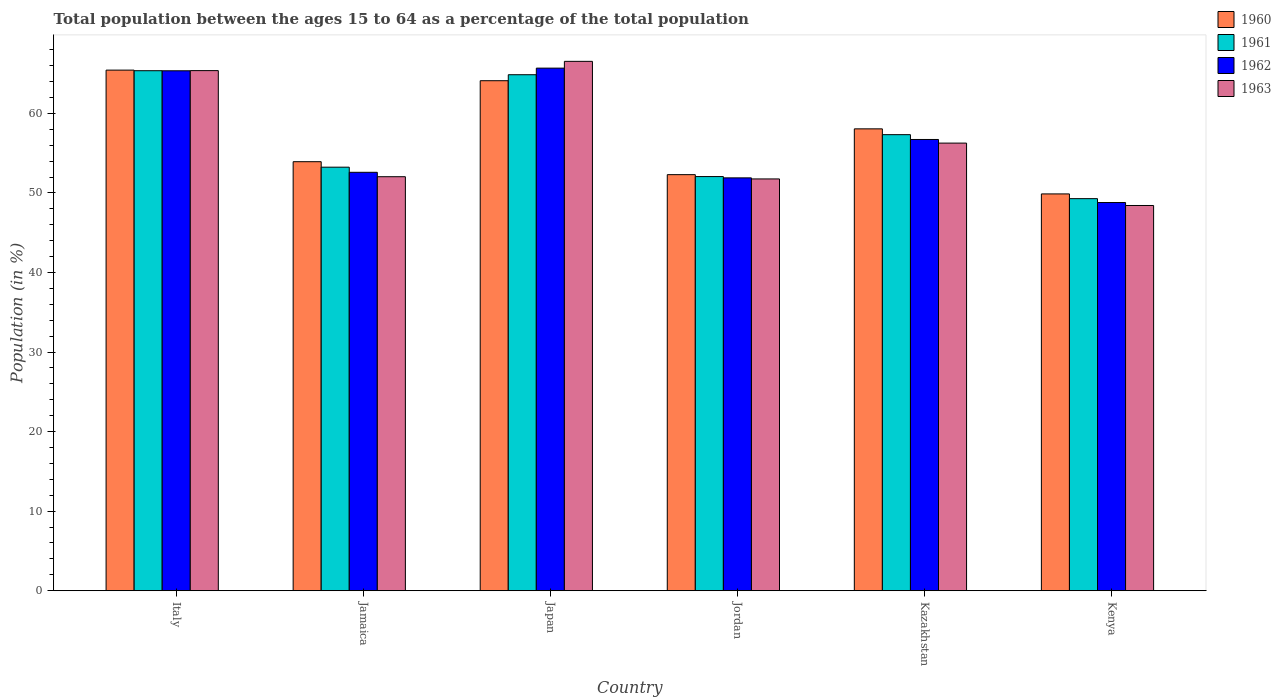
| Country | 1960 | 1961 | 1962 | 1963 |
 | --- | --- | --- | --- | --- |
 | Italy | 65.4 | 65.4 | 65.4 | 65.4 |
 | Jamaica | 53.9 | 53.2 | 52.6 | 52 |
 | Japan | 64.1 | 64.9 | 65.7 | 66.5 |
 | Jordan | 52.3 | 52.1 | 51.9 | 51.8 |
 | Kazakhstan | 58.1 | 57.3 | 56.7 | 56.3 |
 | Kenya | 49.9 | 49.3 | 48.8 | 48.4 |